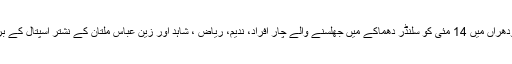
تفصیلات کے مطابق لودھراں میں 14 مئی کو سلنڈر دھماکے میں جھلسنے والے چار افراد، ندیم، ریاض ، شاہد اور زین عباس ملتان کے نشتر اسپتال کے برن یونٹ میں چل بسے۔